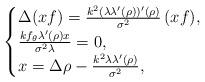
LaTeX: \begin{align*}\begin{cases}\Delta (xf)=\frac{k^2(\lambda\lambda'(\rho))'(\rho)}{\sigma^2}\,(xf),\\\frac{k f_\theta\lambda'(\rho)x}{\sigma^2\lambda}=0,\\x=\Delta \rho-\frac{k^2\lambda\lambda'(\rho)}{\sigma^2},\end{cases}\end{align*}